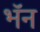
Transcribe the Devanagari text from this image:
भॅन